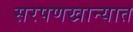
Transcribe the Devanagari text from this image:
सरपणखान्यात